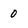
Character: 0